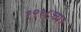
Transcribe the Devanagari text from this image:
१९१८च्या